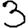
Digit: 3